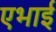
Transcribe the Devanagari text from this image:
एभाई